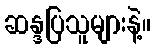
ဆန္ဒပြသူများနဲ့။